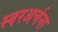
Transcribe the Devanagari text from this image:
स्वरअर्चना